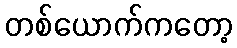
တစ်ယောက်ကတော့